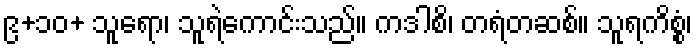
၉+၁၀+ သူရော၊ သူရဲကောင်းသည်။ ကဒါစိ၊ တရံတဆစ်။ သူရကိစ္စံ၊